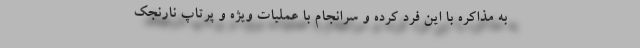
به مذاکره با این فرد کرده و سرانجام با عملیات ویژه و پرتاپ نارنجک